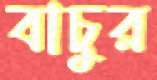
বাচুর